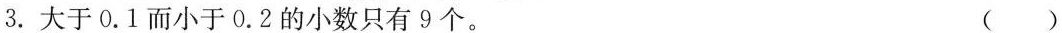
3. 大于0.1而小于0.2的小数只有9个。 ( )